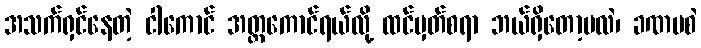
အသက်ရှင်နေတဲ့ ငါကောင် အတ္တကောင်ရယ်လို့ ထင်မှတ်စရာ ဘယ်ရှိတော့မလဲ၊ ခဏမစဲ